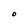
Character: O